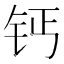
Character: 钙